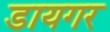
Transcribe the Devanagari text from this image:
डायगर